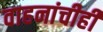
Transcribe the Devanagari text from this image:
वाहनांचीही